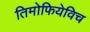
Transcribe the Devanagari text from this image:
तिमोफियेविच